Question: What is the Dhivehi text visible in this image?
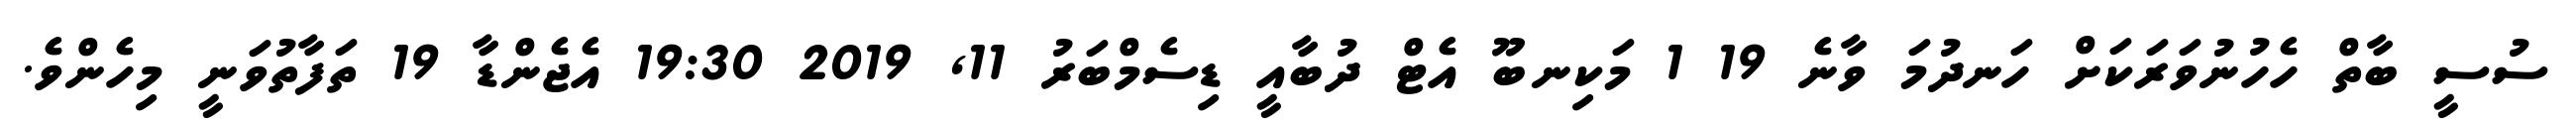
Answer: ސުސީ ބާތް ހެހުނުވަރަކަށް ހަނދުމަ ވާނެ 19 1 މަކިނބޫ އެޓް ދުބާއީ ޑިސެމްބަރު 11, 2019 19:30 އެޖެންޑާ 19 ތަފާތުވަނީ މިހެންވެ.